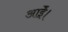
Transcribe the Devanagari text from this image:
आईे।